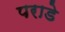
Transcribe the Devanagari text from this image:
पराडे